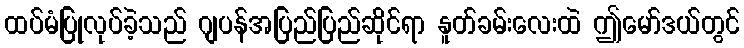
ထပ်မံပြုလုပ်ခဲ့သည် ဂျပန်အပြည်ပြည်ဆိုင်ရာ နူတ်ခမ်းလေးထဲ ဤမော်ဒယ်တွင်